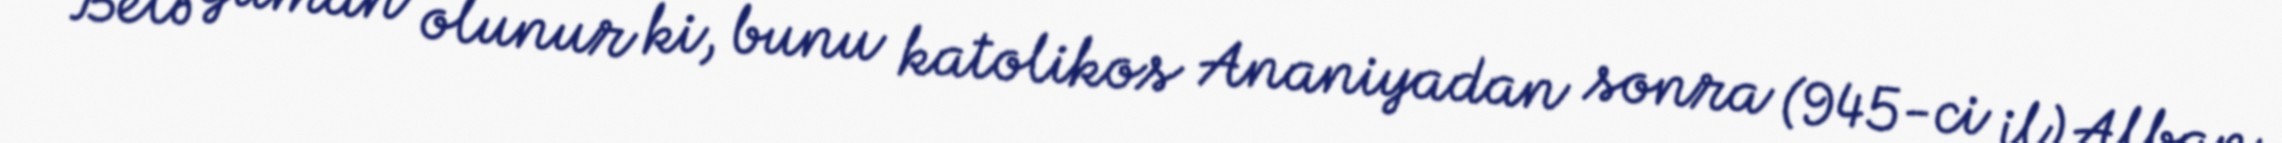
Belə güman olunur ki, bunu katolikos Ananiyadan sonra (945-ci il) Alban